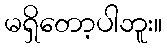
မရှိတော့ပါဘူး။